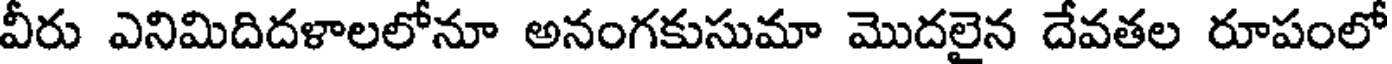
వీరు ఎనిమిదిదళాలలోనూ అనంగకుసుమా మొదలైన దేవతల రూపంలో